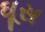
ઘૂસ